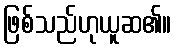
ဖြစ်သည်ဟုယူဆ၏။